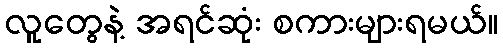
လူတွေနဲ့ အရင်ဆုံး စကားများရမယ်။